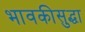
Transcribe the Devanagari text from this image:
भावकीसुद्धा